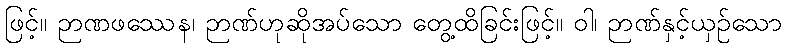
ဖြင့်။ ဉာဏဖဿေန၊ ဉာဏ်ဟုဆိုအပ်သော တွေ့ထိခြင်းဖြင့်။ ဝါ၊ ဉာဏ်နှင့်ယှဉ်သော